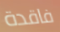
فاقدة